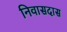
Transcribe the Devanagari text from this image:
निवासदास